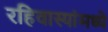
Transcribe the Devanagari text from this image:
रहिवास्यांमध्ये